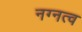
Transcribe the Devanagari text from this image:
नग्नत्व